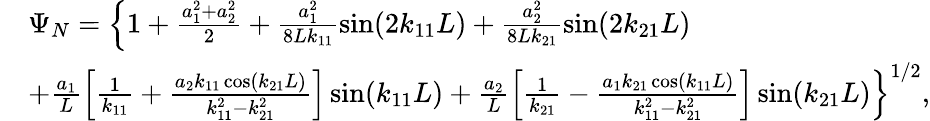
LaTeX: \begin{array}{rl}&{{\Psi_{N}}=\left\{ {1+\frac{{a_{1}^{2}+a_{2}^{2}}}{2}+\frac{{a_{1}^{2}}}{{8L{k_{11}}}}\sin(2{k_{11}}L)+\frac{{a_{2}^{2}}}{{8L{k_{21}}}}\sin(2{k_{21}}L)}\right.}\\ &{{\left.{+\frac{{{a_{1}}}}{L}\left[{\frac{1}{{{k_{11}}}}+\frac{{{a_{2}}{k_{11}}\cos({k_{21}}L)}}{{k_{11}^{2}-k_{21}^{2}}}}\right]\sin({k_{11}}L)+\frac{{{a_{2}}}}{L}\left[{\frac{1}{{{k_{21}}}}-\frac{{{a_{1}}{k_{21}}\cos({k_{11}}L)}}{{k_{11}^{2}-k_{21}^{2}}}}\right]\sin({k_{21}}L)}\right\} ^{1/2}},}\end{array}